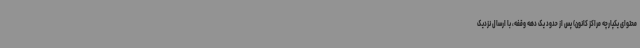
محتوای یکپارچه مراکز کانون) پس از حدود یک دهه وقفه، با ارسال نزدیک